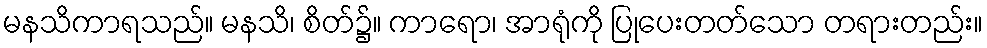
မနသိကာရသည်။ မနသိ၊ စိတ်၌။ ကာရော၊ အာရုံကို ပြုပေးတတ်သော တရားတည်း။